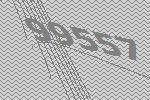
99557